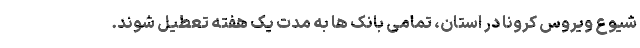
شیوع ویروس کرونا در استان، تمامی بانک ها به مدت یک هفته تعطیل شوند.